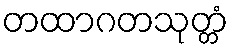
တထာဂတသုတ္တံ